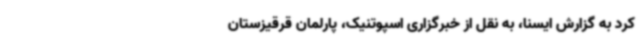
کرد به گزارش ایسنا، به نقل از خبرگزاری اسپوتنیک، پارلمان قرقیزستان